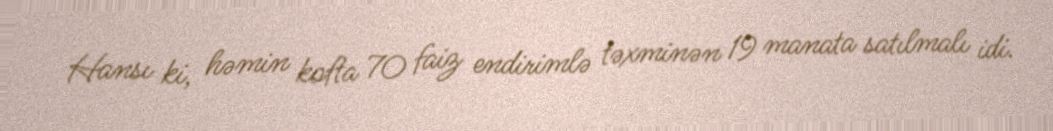
Hansı ki, həmin kofta 70 faiz endirimlə təxminən 19 manata satılmalı idi.